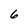
Character: 6